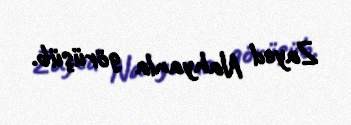
Zayed Nahyanla görüşüb.